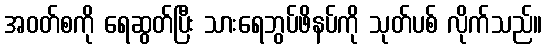
အဝတ်စကို ရေဆွတ်ပြီး သားရေဘွပ်ဖိနပ်ကို သုတ်ပစ် လိုက်သည်။